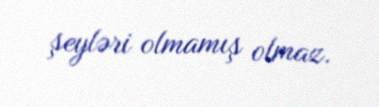
şeyləri olmamış olmaz.